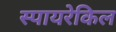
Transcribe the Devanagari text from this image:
स्पायरेकिल